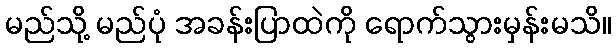
မည်သို့ မည်ပုံ အခန်းပြာထဲကို ရောက်သွားမှန်းမသိ။